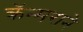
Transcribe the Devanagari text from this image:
क्रॅन्मराने